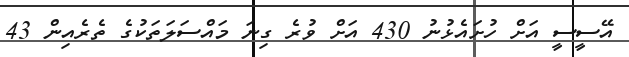
އޭސީސީ އަށް ހުށައެޅުނު 430 އަށް ވުރެ ގިނަ މައްސަލަތަކުގެ ތެރެއިން 43